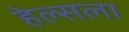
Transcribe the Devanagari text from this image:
हेल्सला